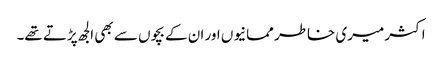
اکثر میری خاطر ممانیوں اور ان کے بچوں سے بھی الجھ پڑتے تھے۔